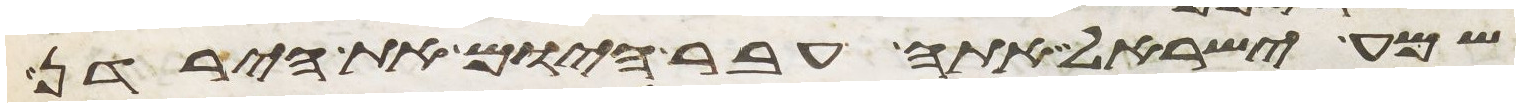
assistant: שמע ישראל אתה עבר היום את הירדן